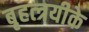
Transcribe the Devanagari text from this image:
बृहत्त्रयीके